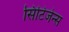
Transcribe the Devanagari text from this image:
सिटिजेन्स